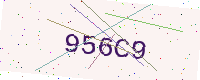
Text: 956C9